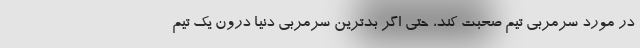
در مورد سرمربی تیم صحبت کند، حتی اگر بدترین سرمربی دنیا درون یک تیم